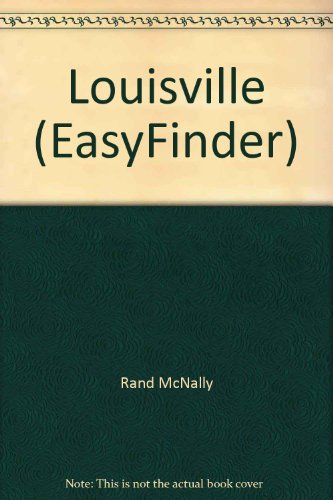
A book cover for Rand McNally Louisville Easyfinder Map; Rand McNally; Travel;